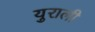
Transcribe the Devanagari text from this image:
युराली